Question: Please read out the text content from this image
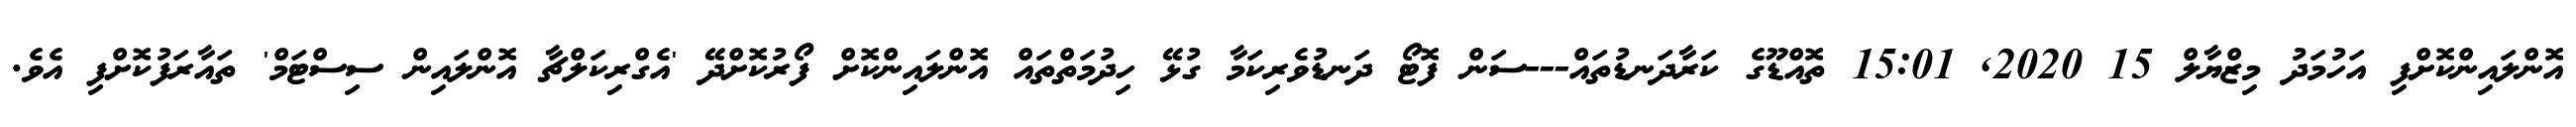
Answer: އޮންލައިންކޮށްފި އަހުމަދު މިޒްޔާލް 15 2020, 15:01 ތޮއްޑޫގެ ކަރާދަނޑުތައް---ސަން ފޮޓޯ ދަނޑުވެރިކަމާ ގުޅޭ ހިދުމަތްތައް އޮންލައިންކޮށް ފޯރުކޮށްދޭ 'އެގްރިކަލްޗާ އޮންލައިން ސިސްޓަމް' ތައާރަފުކޮށްފި އެވެ.